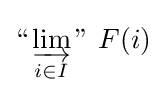
{\text{“}}\varinjlim _{i\in I}{\text{'' }}F(i)